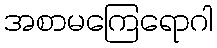
အစာမကြေရောဂါ